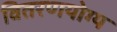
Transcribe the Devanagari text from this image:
वितरणयोग्य